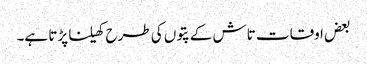
بعض اوقات تاش کے پتوں کی طرح کھیلنا پڑتا ہے۔